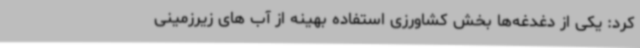
کرد: یکی از دغدغه‌ها بخش کشاورزی استفاده بهینه از آب های زیرزمینی